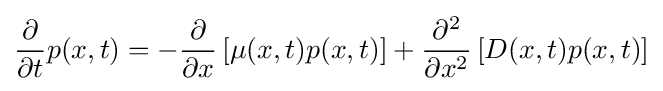
{\frac {\partial }{\partial t}}p(x,t)=-{\frac {\partial }{\partial x}}\left[\mu (x,t)p(x,t)\right]+{\frac {\partial ^{2}}{\partial x^{2}}}\left[D(x,t)p(x,t)\right]